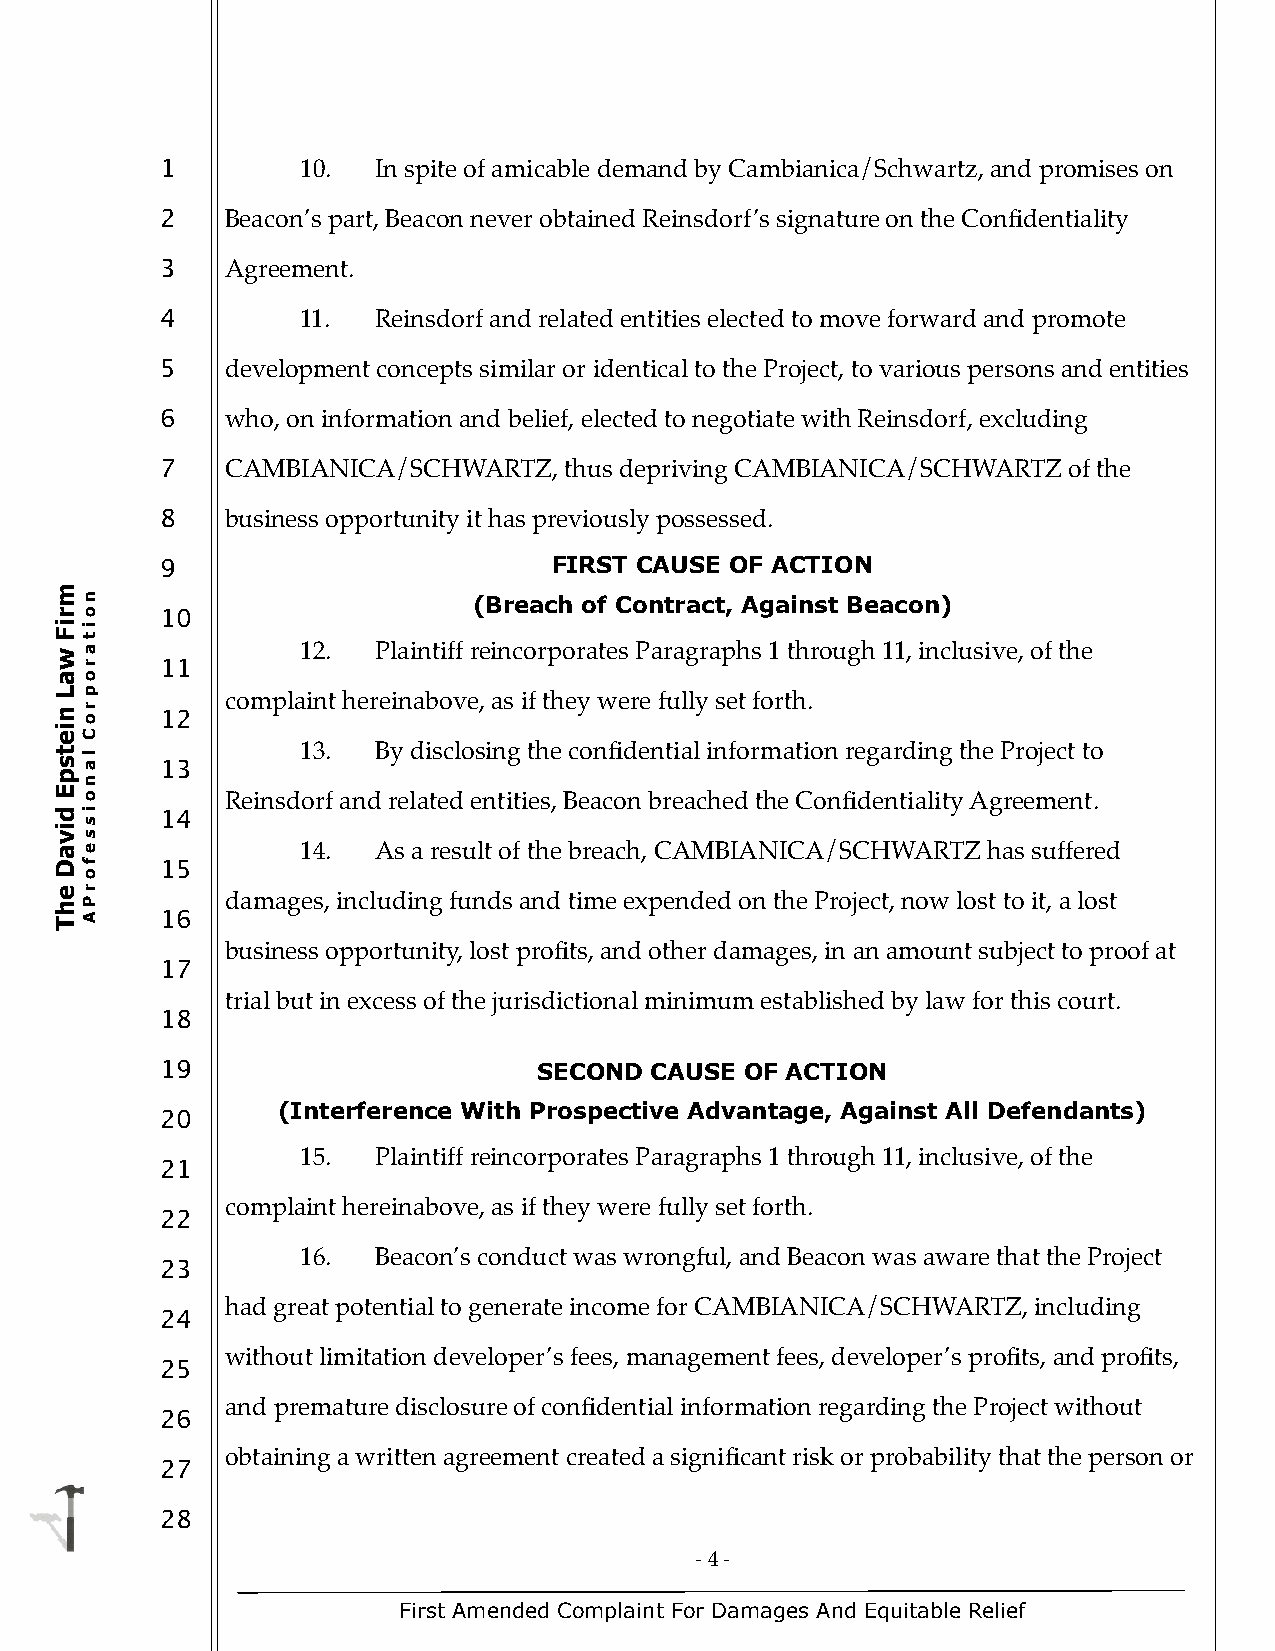
1        10.  In spite of amicable demand by Cambianica/Schwartz, and promises on
 2   Beacon’s part, Beacon never obtained Reinsdorf’s signature on the Confidentiality
 3   Agreement.
 4        11.  Reinsdorf and related entities elected to move forward and promote
 5   development concepts similar or identical to the Project, to various persons and entities
 6   who, on information and belief, elected to negotiate with Reinsdorf, excluding
 7   CAMBIANICA/SCHWARTZ,  thus depriving CAMBIANICA/SCHWARTZ of the
 8   business opportunity it has previously possessed.
 9                         FIRST CAUSE OF ACTION
 m
 n                         (Breach of Contract, Against Beacon)
 ro     10
 Fi
 t
 i
 w a             12.  Plaintiff reincorporates Paragraphs 1 through 11, inclusive, of the
 r     11
 ao
 n
 L
 o r
 p
 12
 complaint hereinabove, as if they were fully set forth.
 ei
 C
 st
 a
 l
 13
 13.  By disclosing the confidential information regarding the Project to
 p
 n
 E
 o         Reinsdorf and related entities, Beacon breached the Confidentiality Agreement.
 d
 s
 i     14
 vi
 s
 ae              14.  As a result of the breach, CAMBIANICA/SCHWARTZ has suffered
 D
 o
 f     15
 he P r     damages, including funds and time expended on the Project, now lost to it, a lost
 TA     16
 business opportunity, lost profits, and other damages, in an amount subject to proof at
 17
 trial but in excess of the jurisdictional minimum established by law for this court.
 18
 19                       SECOND CAUSE OF ACTION
 (Interference With Prospective Advantage, Against All Defendants)
 20
 15.  Plaintiff reincorporates Paragraphs 1 through 11, inclusive, of the
 21
 complaint hereinabove, as if they were fully set forth.
 22
 16.  Beacon’s conduct was wrongful, and Beacon was aware that the Project
 23
 had great potential to generate income for CAMBIANICA/SCHWARTZ, including
 24
 without limitation developer’s fees, management fees, developer’s profits, and profits,
 25
 and premature disclosure of confidential information regarding the Project without
 26
 obtaining a written agreement created a significant risk or probability that the person or
 27
 28
 - 4 -
 First Amended Complaint For Damages And Equitable Relief